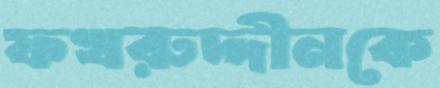
ফখরুদ্দীনকে